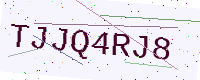
Text: TJJQ4RJ8